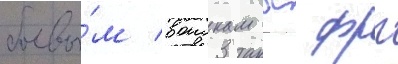
боевы́м воискам вс фрг